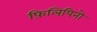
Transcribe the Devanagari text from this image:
फ़िलिपिनो